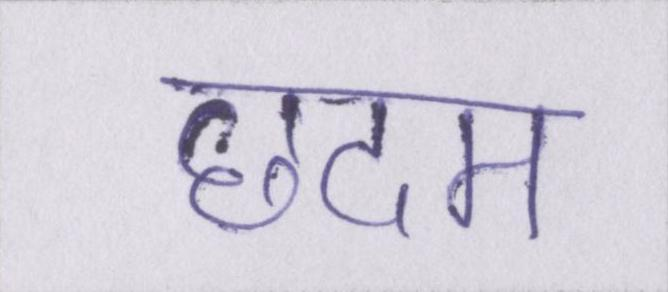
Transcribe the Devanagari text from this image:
छदम